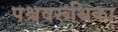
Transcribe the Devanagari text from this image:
पश्चवरूथिका